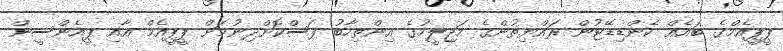
ޕީޕީއެމްގެ ބައެއް ކެންޑިޑޭޓުން ރައްޔިތުންގެ މަޖިލީހުގެ އިންތިހާބު ފަސްކޮށްދިނުމަށް ޕީޕީއެމް އާއި ޕީއެންސީން